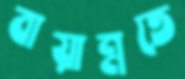
বায়ান্নতে